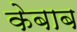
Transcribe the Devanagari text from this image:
केबाब